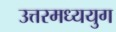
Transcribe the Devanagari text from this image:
उत्तरमध्ययुग